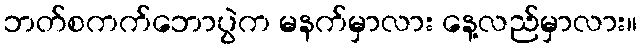
ဘတ်စကက်ဘောပွဲက မနက်မှာလား နေ့လည်မှာလား။